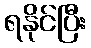
ရနိုင်ပြီး